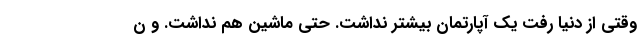
وقتی از دنیا رفت یک آپارتمان بیشتر نداشت. حتی ماشین هم نداشت. و ن